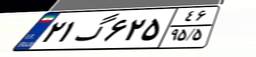
۲۱گ۶۲۵۴۶